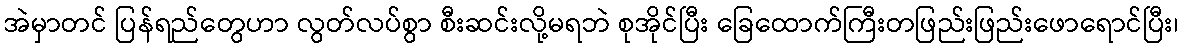
အဲမှာတင် ပြန်ရည်တွေဟာ လွတ်လပ်စွာ စီးဆင်းလို့မရဘဲ စုအိုင်ပြီး ခြေထောက်ကြီးတဖြည်းဖြည်းဖောရောင်ပြီး၊